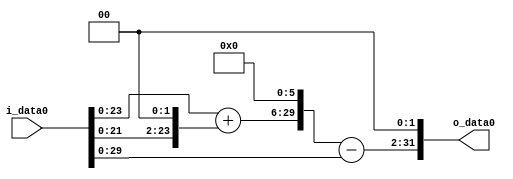
module multiplier_block (
    i_data0,
    o_data0
);

  // Port mode declarations:
  input   [31:0] i_data0;
  output  [31:0]
    o_data0;

  //Multipliers:

  wire [31:0]
    w1,
    w4,
    w5,
    w320,
    w319,
    w1276;

  assign w1 = i_data0;
  assign w1276 = w319 << 2;
  assign w319 = w320 - w1;
  assign w320 = w5 << 6;
  assign w4 = w1 << 2;
  assign w5 = w1 + w4;

  assign o_data0 = w1276;

  //multiplier_block area estimate = 3293.13598623088;
endmodule